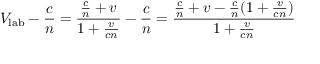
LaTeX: V _ { \mathrm { l a b } } - { \frac { c } { n } } = { \frac { { \frac { c } { n } } + v } { 1 + { \frac { v } { c n } } } } - { \frac { c } { n } } = { \frac { { \frac { c } { n } } + v - { \frac { c } { n } } ( 1 + { \frac { v } { c n } } ) } { 1 + { \frac { v } { c n } } } }